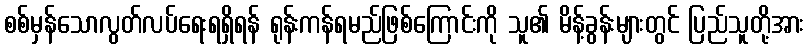
စစ်မှန်သောလွတ်လပ်ရေးရရှိရန် ရုန်းကန်ရမည်ဖြစ်ကြောင်းကို သူ၏ မိန့်ခွန်းများတွင် ပြည်သူတို့အား